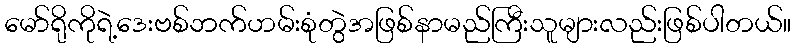
မော်ရိုကိုရဲ့ဒေးဗစ်ဘက်ဟမ်းစုံတွဲအဖြစ်နာမည်ကြီးသူများလည်းဖြစ်ပါတယ်။